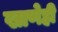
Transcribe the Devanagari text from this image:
खाणेही